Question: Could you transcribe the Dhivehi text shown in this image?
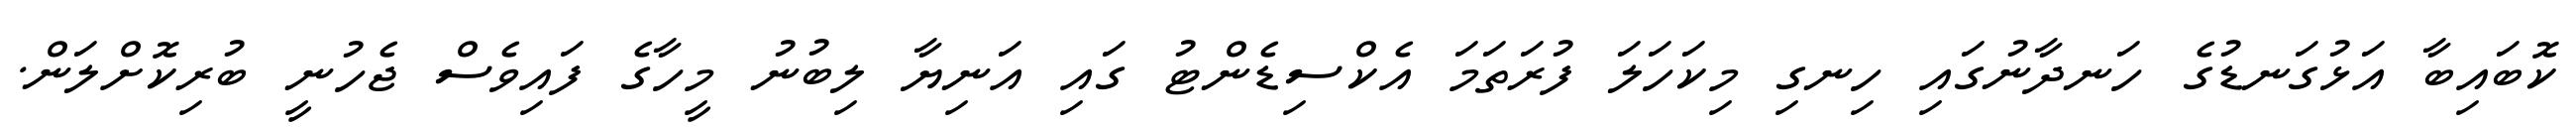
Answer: ކޮބައިބާ އަޅުގަނޑުގެ ހަނދާނުގައި ހިނގި މިކަހަލަ ފުރަތަމަ އެކްސިޑެންޓު ގައި އަނިޔާ ލިބުނު މީހާގެ ފައިވެސް ޖެހުނީ ބުރިކޮށްލަން.